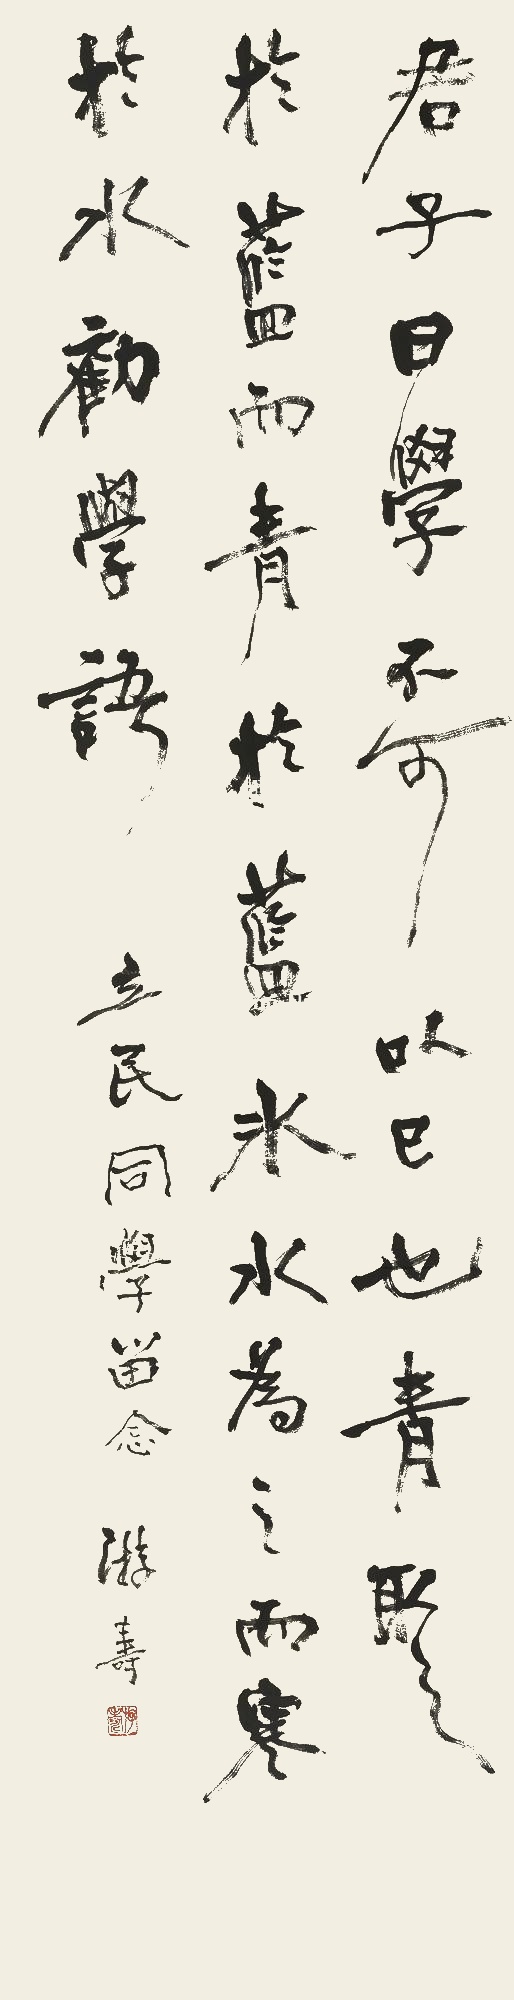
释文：君子曰：学不可以已也。青，取之于蓝，而青于蓝。冰，水为之，而寒于水。《劝学》语。立民同学留念，游寿。